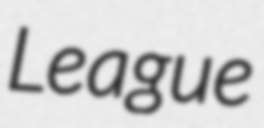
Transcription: League